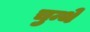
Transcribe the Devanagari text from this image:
चुन्थे